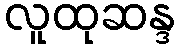
လူထုဆန္ဒ